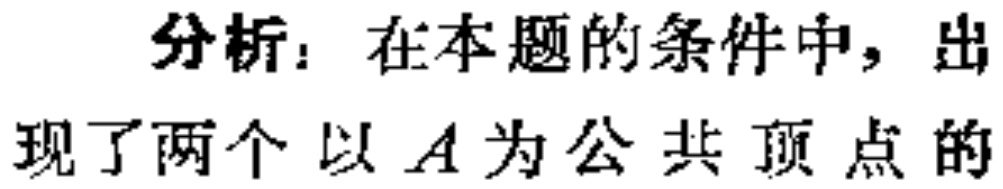
分析：在本题的条件中，出现了两个以\(A\)为公共顶点的